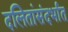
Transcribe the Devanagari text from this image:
दलितांसंदर्भात